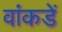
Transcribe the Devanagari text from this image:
वांकडें